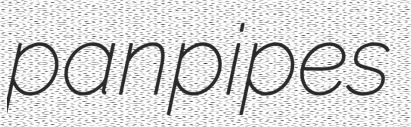
panpipes